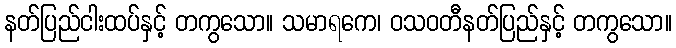
နတ်ပြည်ငါးထပ်နှင့် တကွသော။ သမာရကေ၊ ဝသဝတီနတ်ပြည်နှင့် တကွသော။